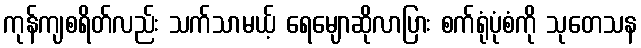
ကုန်ကျစရိတ်လည်း သက်သာမယ့် ရေမျောဆိုလာပြား စက်ရုံပုံစံကို သုတေသန